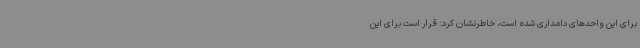
برای این واحدهای دامداری شده است، خاطرنشان کرد: قرار است برای این